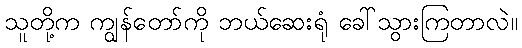
သူတို့က ကျွန်တော်ကို ဘယ်ဆေးရုံ ခေါ်သွားကြတာလဲ။